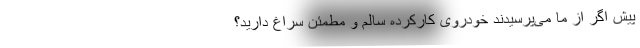
پیش اگر از ما می‌پرسیدند خودروی کارکرده سالم و مطمئن سراغ دارید؟